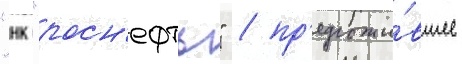
"нк "росн'ефть" / пр'едложи́вшее